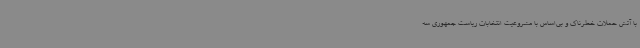
با آتش حملات خطرناک و بی‌اساس با مشروعیت انتخابات ریاست جمهوری سه